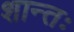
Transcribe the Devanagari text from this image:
शान्तः